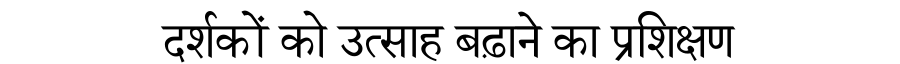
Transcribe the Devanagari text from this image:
दर्शकों को उत्साह बढ़ाने का प्रशिक्षण